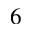
_ 6